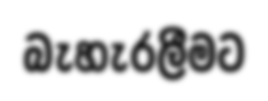
බැහැරලීමට